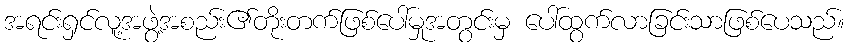
အရင်းရှင်လူ့အဖွဲ့အစည်း၏တိုးတက်ဖြစ်ပေါ်မှုအတွင်းမှ ပေါ်ထွက်လာခြင်းသာဖြစ်ပေသည်။